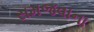
સમજવાના